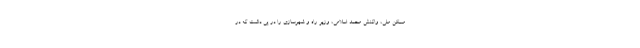
مسکن ملی، واکنش محمد اسلامی، وزیر راه و شهرسازی را در پی داشت که در